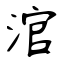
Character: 涫